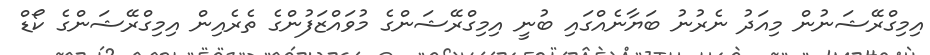
އިމިގްރޭޝަނުން މިއަދު ނެރުނު ބަޔާނެއްގައި ބުނީ އިމިގްރޭޝަންގެ މުވައްޒަފުންގެ ތެރެއިން އިމިގްރޭޝަންގެ ކޯޑް